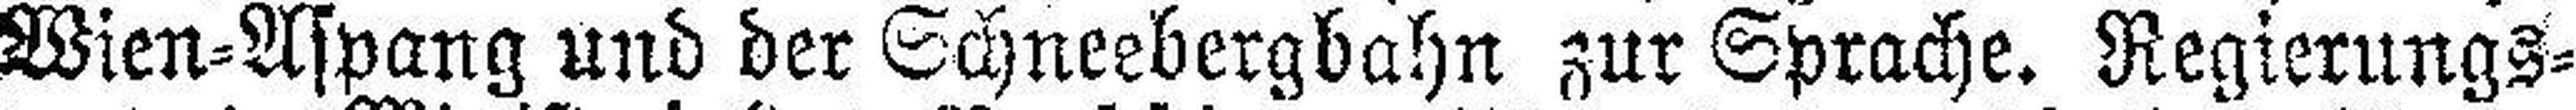
Wien=Aspang und der Schneebergbahn zur Sprache. Regierungs¬